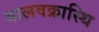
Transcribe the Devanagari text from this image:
बालवक्रास्थि